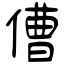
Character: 傮